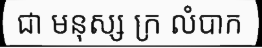
ជា មនុស្ស ក្រ លំបាក